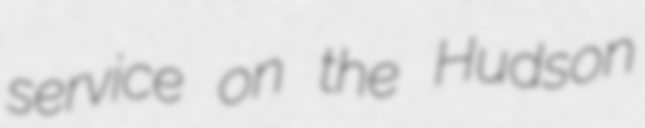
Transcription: service on the Hudson